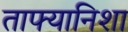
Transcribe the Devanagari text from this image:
ताफ्यानिशा